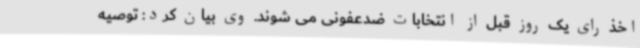
اخذ رای یک روز قبل از انتخابات ضدعفونی می شوند. وی بیان کرد: توصیه